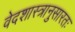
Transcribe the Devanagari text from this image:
वेदशास्त्रानुसारतः